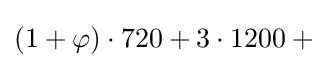
(1+\varphi )\cdot 720+3\cdot 1200+{}\!